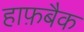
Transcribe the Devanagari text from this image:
हाफ़बैक